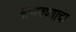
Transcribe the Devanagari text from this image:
माजवण्याचा